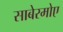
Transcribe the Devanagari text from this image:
साबेरमोए